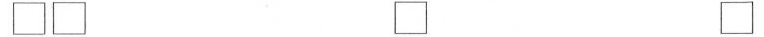
\Box \Box \Box \Box